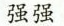
强强